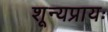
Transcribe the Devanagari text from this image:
शून्यप्रायः